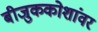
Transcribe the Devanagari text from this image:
बीजुककोशांवर